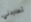
تطاردني